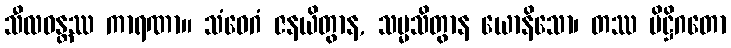
သီလဝန္တဿ ကာရဏာ။ သံဝေဂံ ဇနယိတွာန, သမ္မသိတွာန ယောနိသော၊ တဿ ပိဋ္ဌိဂတော